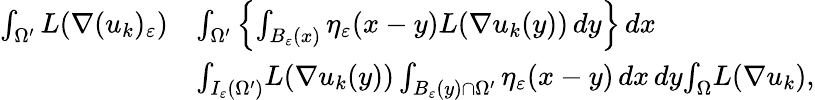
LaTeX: \begin{array}{rl}{\int_{\Omega^{\prime}}L(\nabla(u_{k})_{\varepsilon})}&{\le\int_{\Omega^{\prime}}\left\{ \int_{B_{\varepsilon}(x)}\eta_{\varepsilon}(x-y)L(\nabla u_{k}(y))\, dy\right\} \, dx}\\ &{\le\int_{I_{\varepsilon}(\Omega^{\prime})}L(\nabla u_{k}(y))\int_{B_{\varepsilon}(y)\cap\Omega^{\prime}}\eta_{\varepsilon}(x-y)\, dx\, dy\le\int_{\Omega}L(\nabla u_{k}),}\end{array}